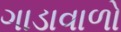
ગાડાવાળો